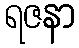
ရဇနာ